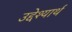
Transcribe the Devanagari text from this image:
उद्देश्यार्थ